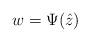
LaTeX: \begin{align*}w=\Psi(\hat z)\end{align*}